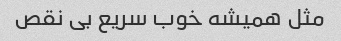
مثل همیشه خوب سریع بی نقص